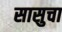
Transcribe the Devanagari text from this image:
सासुचा